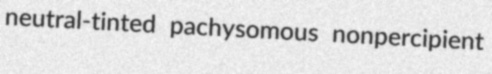
neutral-tinted pachysomous nonpercipient